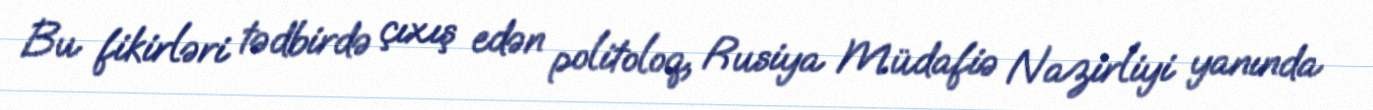
Bu fikirləri tədbirdə çıxış edən politoloq, Rusiya Müdafiə Nazirliyi yanında